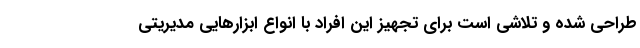
طراحی شده و تلاشی است برای تجهیز این افراد با انواع ابزارهایی مدیریتی